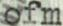
ofm